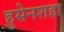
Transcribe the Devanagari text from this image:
हुसेनशहा